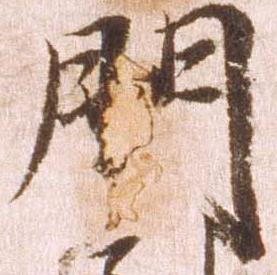
門